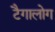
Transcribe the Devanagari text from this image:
टैगालोग